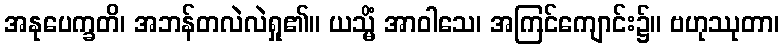
အနုပေက္ခတိ၊ အဘန်တလဲလဲရှု၏။ ယသ္မိံ အာဝါသေ၊ အကြင်ကျောင်း၌။ ဗဟုဿုတာ၊